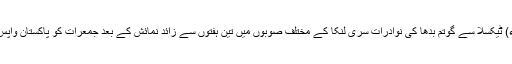
17 مئی2018ء) ٹیکسلا سے گوتم بدھا کی نوادرات سری لنکا کے مختلف صوبوں میں تین ہفتوں سے زائد نمائش کے بعد جمعرات کو پاکستان واپس پہنچا دی گئیں۔